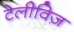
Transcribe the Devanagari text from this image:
टेलीविज़